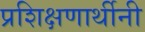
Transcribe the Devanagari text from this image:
प्रशिक्षणार्थीनी